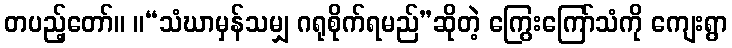
တပည့်တော်။ ။“သံဃာမှန်သမျှ ဂရုစိုက်ရမည်”ဆိုတဲ့ ကြွေးကြော်သံကို ကျေးရွာ